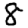
Digit: 8